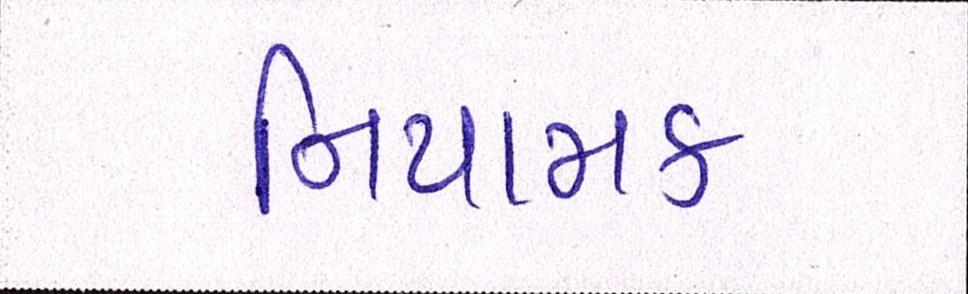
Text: નિયામક